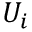
U _ { i }